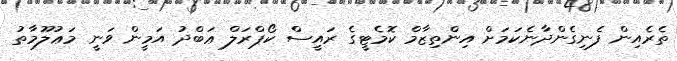
ތެރެއިން ފެނިގެންދާނެކަމަށް އިންތިޒާމް ކޮމެޓީގެ ރައީސް ކޯޕްރަލް ޢަބްދު އަމީން ވަނީ މަޢުލޫމާތު